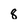
Character: 8